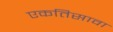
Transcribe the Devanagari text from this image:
एकतिसावा